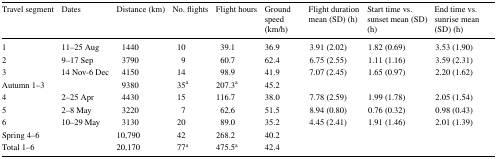
<table><thead><tr><td><b>Travel segment</b></td><td><b>Dates</b></td><td><b>Distance (km)</b></td><td><b>No. flights</b></td><td><b>Flight hours</b></td><td><b>Ground speed (km/h)</b></td><td><b>Flight duration mean (SD) (h)</b></td><td><b>Start time vs. sunset mean (SD) (h)</b></td><td><b>End time vs. sunrise mean (SD) (h)</b></td></tr></thead><tbody><tr><td>1</td><td>11–25 Aug</td><td>1440</td><td>10</td><td>39.1</td><td>36.9</td><td>3.91 (2.02)</td><td>1.82 (0.69)</td><td>3.53 (1.90)</td></tr><tr><td>2</td><td>9–17 Sep</td><td>3790</td><td>9</td><td>60.7</td><td>62.4</td><td>6.75 (2.55)</td><td>1.11 (1.16)</td><td>3.59 (2.31)</td></tr><tr><td>3</td><td>14 Nov-6 Dec</td><td>4150</td><td>14</td><td>98.9</td><td>41.9</td><td>7.07 (2.45)</td><td>1.65 (0.97)</td><td>2.20 (1.62)</td></tr><tr><td>Autumn 1–3</td><td></td><td>9380</td><td>35<sup>a</sup></td><td>207.3<sup>a</sup></td><td>45.2</td><td></td><td></td><td></td></tr><tr><td>4</td><td>2–25 Apr</td><td>4430</td><td>15</td><td>116.7</td><td>38.0</td><td>7.78 (2.59)</td><td>1.99 (1.78)</td><td>2.05 (1.54)</td></tr><tr><td>5</td><td>2–8 May</td><td>3220</td><td>7</td><td>62.6</td><td>51.5</td><td>8.94 (0.80)</td><td>0.76 (0.32)</td><td>0.98 (0.43)</td></tr><tr><td>6</td><td>10–29 May</td><td>3130</td><td>20</td><td>89.0</td><td>35.2</td><td>4.45 (2.41)</td><td>1.91 (1.46)</td><td>2.01 (1.39)</td></tr><tr><td>Spring 4–6</td><td></td><td>10,790</td><td>42</td><td>268.2</td><td>40.2</td><td></td><td></td><td></td></tr><tr><td>Total 1–6</td><td></td><td>20,170</td><td>77<sup>a</sup></td><td>475.5<sup>a</sup></td><td>42.4</td><td></td><td></td><td></td></tr></tbody></table>